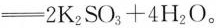
$$\xlongequal[]{}2K_{2}SO_{3}+4H_{2}O$$。